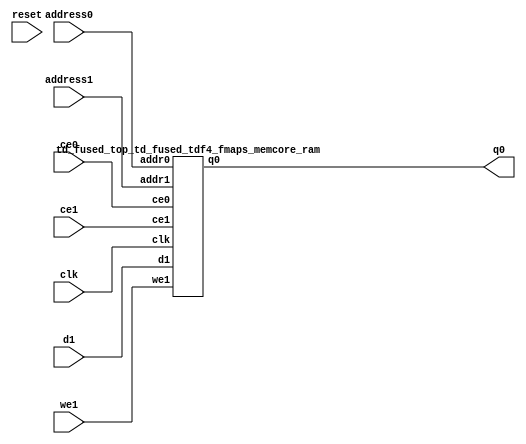
`define EXPONENT 5
`define MANTISSA 10
`define ACTUAL_MANTISSA 11
`define EXPONENT_LSB 10
`define EXPONENT_MSB 14
`define MANTISSA_LSB 0
`define MANTISSA_MSB 9
`define MANTISSA_MUL_SPLIT_LSB 3
`define MANTISSA_MUL_SPLIT_MSB 9
`define SIGN 1
`define SIGN_LOC 15
`define DWIDTH (`SIGN+`EXPONENT+`MANTISSA)
`define IEEE_COMPLIANCE 1

module td_fused_top_td_fused_tdf4_fmaps_memcore(
    reset,
    clk,
    address0,
    ce0,
    q0,
    address1,
    ce1,
    we1,
    d1);

parameter DataWidth = 32'd64;
parameter AddressRange = 32'd12544;
parameter AddressWidth = 32'd14;
input reset;
input clk;
input[AddressWidth - 1:0] address0;
input ce0;
output[DataWidth - 1:0] q0;
input[AddressWidth - 1:0] address1;
input ce1;
input we1;
input[DataWidth - 1:0] d1;



td_fused_top_td_fused_tdf4_fmaps_memcore_ram td_fused_top_td_fused_tdf4_fmaps_memcore_ram_U(
    .clk( clk ),
    .addr0( address0 ),
    .ce0( ce0 ),
    .q0( q0 ),
    .addr1( address1 ),
    .ce1( ce1 ),
    .we1( we1 ),
    .d1( d1 )
);

endmodule
module td_fused_top_td_fused_tdf4_fmaps_memcore_ram (addr0, ce0, q0, addr1, ce1, d1, we1,  clk);

parameter DWIDTH = 64;
parameter AWIDTH = 14;
parameter MEM_SIZE = 12544;

input[AWIDTH-1:0] addr0;
input ce0;
output reg[DWIDTH-1:0] q0;
input[AWIDTH-1:0] addr1;
input ce1;
input[DWIDTH-1:0] d1;
input we1;
input clk;

 reg [DWIDTH-1:0] ram[MEM_SIZE-1:0];




always @(posedge clk)  
begin 
    if (ce0) begin
        q0 <= ram[addr0];
    end
end


always @(posedge clk)  
begin 
    if (ce1) begin
        if (we1) 
            ram[addr1] <= d1; 
    end
end


endmodule